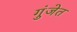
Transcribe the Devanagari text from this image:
गुंजेत